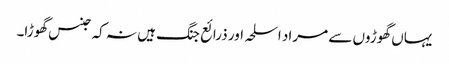
یہاں گھوڑوں سے مراد اسلحہ اور ذرائع جنگ ہیں نہ کہ جنس گھوڑا۔